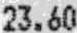
23.60